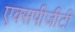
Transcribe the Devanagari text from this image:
एक्सपीजीटी